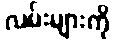
လမ်းများကို